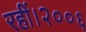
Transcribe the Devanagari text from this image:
रहीं।२००६